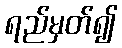
ရည်မှတ်၍